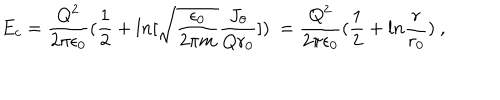
LaTeX: E _ { c } = { \frac { Q ^ { 2 } } { 2 \pi \epsilon _ { 0 } } } ( { \frac { 1 } { 2 } } + l n [ \sqrt { { \frac { \epsilon _ { 0 } } { 2 \pi m } } } { \frac { J _ { \theta } } { Q r _ { 0 } } } ] ) ~ = { \frac { Q ^ { 2 } } { 2 \pi \epsilon _ { 0 } } } ( { \frac { 1 } { 2 } } + l n { \frac { r } { r _ { 0 } } } ) ~ ,